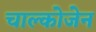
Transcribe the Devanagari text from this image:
चाल्कोजेन